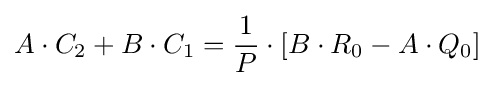
A\cdot C_{2}+B\cdot C_{1}={\frac {1}{P}}\cdot [B\cdot R_{0}-A\cdot Q_{0}]